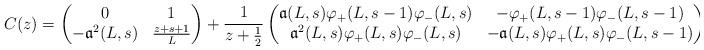
LaTeX: \begin{align*}C(z) = \begin{pmatrix}0 & 1 \\-\mathfrak a^2(L,s) & \frac{z + s + 1}L\end{pmatrix} + \frac{1}{z + \frac{1}2}\begin{pmatrix}\mathfrak a(L,s)\varphi_+(L,s-1)\varphi_-(L,s) & -\varphi_+(L,s-1)\varphi_-(L,s-1) \\\mathfrak a^2(L,s)\varphi_+(L,s)\varphi_-(L,s) & -\mathfrak a(L,s)\varphi_+(L,s)\varphi_-(L,s-1)\end{pmatrix}\end{align*}